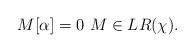
LaTeX: \begin{align*}M[\alpha]=0\,\,M\in LR(\chi).\end{align*}